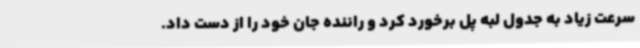
سرعت زیاد به جدول لبه پل برخورد کرد و راننده جان خود را از دست داد.